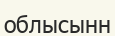
облысынн